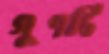
গুণটি